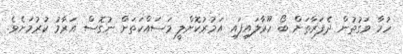
ހުމާ ވަގުުތުން ދެފަރާތަށް ބޯ ހޫރާލައިފައި އަމުރުކޮށްލީ މަސައްކަތަށް ނުގޮސް އަރާމު ކުރުމަށެވެ.